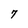
Character: 7